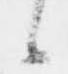
候